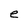
Character: e